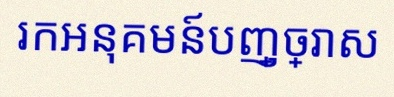
រកអនុគមន៍បញ្ច្រាស